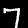
Label: 7